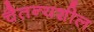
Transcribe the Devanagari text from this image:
चैतन्यशील